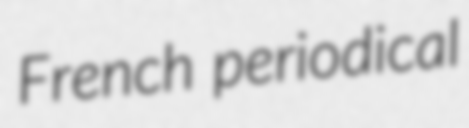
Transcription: French periodical